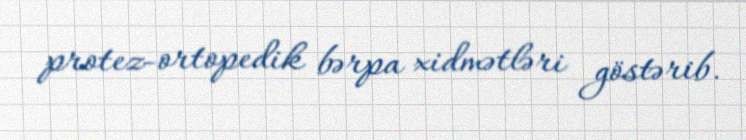
protez-ortopedik bərpa xidmətləri göstərib.